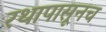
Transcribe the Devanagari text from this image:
रथापासूनच